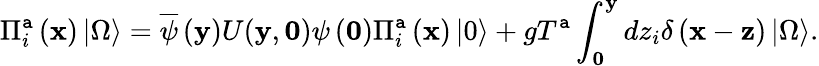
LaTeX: \Pi_{i}^{\mathtt{a}}\left({\mathbf{x}}\right)\left|\Omega\right\rangle=\overline{{{\psi}}}\left({\mathbf{y}}\right)U({\mathbf{y}},{\mathbf{0}})\psi\left({\mathbf{0}}\right)\Pi_{i}^{\mathtt{a}}\left({\mathbf{x}}\right)\left|0\right\rangle+gT^{\mathtt{a}}\int_{\mathbf{0}}^{\mathbf{y}}{dz_{i}}\delta\left({{\mathbf{x}}-{\mathbf{z}}}\right)\left|\Omega\right\rangle.